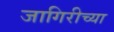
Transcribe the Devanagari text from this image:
जागिरीच्या